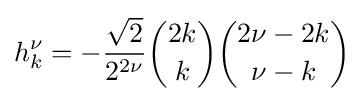
h_{k}^{\nu }=-{\frac {\sqrt {2}}{2^{2\nu }}}{\binom {2k}{k}}{\binom {2\nu -2k}{\nu -k}}